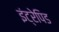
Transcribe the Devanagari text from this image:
इंट्रेपिड